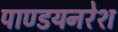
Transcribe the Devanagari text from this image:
पाण्डयनरेश